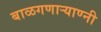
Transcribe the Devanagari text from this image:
बाळगणार्‍याण्नी